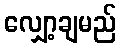
လျှော့ချမည်